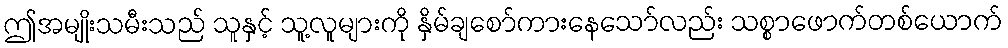
ဤအမျိုးသမီးသည် သူနှင့် သူ့လူများကို နှိမ်ချစော်ကားနေသော်လည်း သစ္စာဖောက်တစ်ယောက်